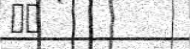
٥٢